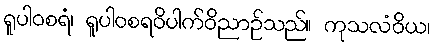
ရူပါဝစရံ၊ ရူပါဝစရဝိပါက်ဝိညာဉ်သည်။ ကုသလံဝိယ၊